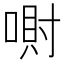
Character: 𪡮